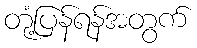
တုံ့ပြန်ရန်အတွက်